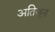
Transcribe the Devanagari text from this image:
अतिजून